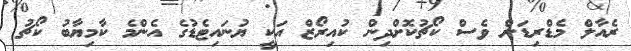
ރެއާލް މެޑްރިޑަށް ވެސް ކޯޗުކޮށްދިން ކުއިރޯޒް އަކީ ޔުނައިޓެޑުގެ އެންމެ ކާމިޔާބު ކޯޗު